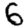
Digit: 6